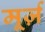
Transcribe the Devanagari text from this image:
मूर्ज़